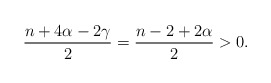
\begin{align*}\frac{n+4\alpha-2\gamma}{2}=\frac{n-2+2\alpha}{2}>0.\end{align*}